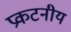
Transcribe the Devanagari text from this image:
प्रकटनीय